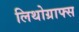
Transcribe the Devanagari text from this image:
लिथोग्राफ्स